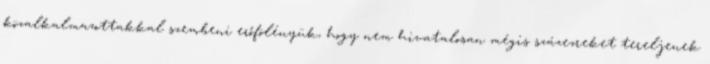
közalkalmazottakkal szembeni erőfölényük, hogy nem hivatalosan mégis százezreket tereljenek